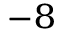
^ { - 8 }